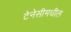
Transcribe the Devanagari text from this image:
टेनेसीमधील